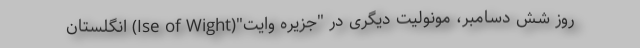
روز شش دسامبر، مونولیت دیگری در "جزیره وایت"(Ise of Wight) انگلستان